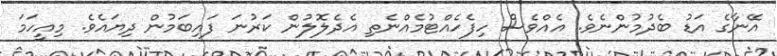
އޭނާގެ އަޑު ބެދުމުންނެވެ. އެއްވެސް ހިފެހެއްޓުމެއްނެތި އެެެދެލޮލުން ކަރުނަ ފައިބަމުން ދިޔައެވެ. މިއީހަމަ